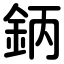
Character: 鈵